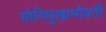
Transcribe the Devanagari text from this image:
योनिमुखाभोवती